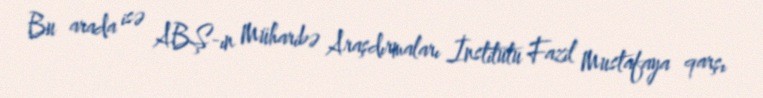
Bu arada isə ABŞ-ın Müharibə Araşdırmaları İnstitutu Fazil Mustafaya qarşı